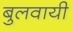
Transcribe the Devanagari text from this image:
बुलवायी